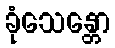
ခုံသေန္တော